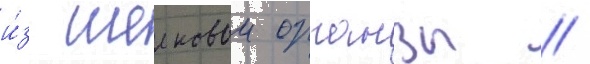
и́з шелковои органзы /